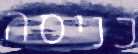
כניסה